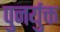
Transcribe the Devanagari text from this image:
पुनर्युक्त